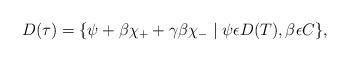
LaTeX: \begin{align*}D(\tau)=\{\psi + \beta \chi_+ +\gamma\beta\chi_- \mid \psi\epsilon D(T), \beta\epsilon C\}, \end{align*}